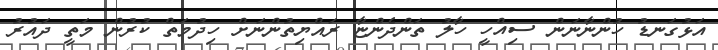
އަޅުގަނޑު ހުންނާނަން ސިއްހީ ހާލު ތަންދެންޏާ ރައްޔިތުންނަށް ހިދުމަތް ކުރުން މަތީ ދައުރު